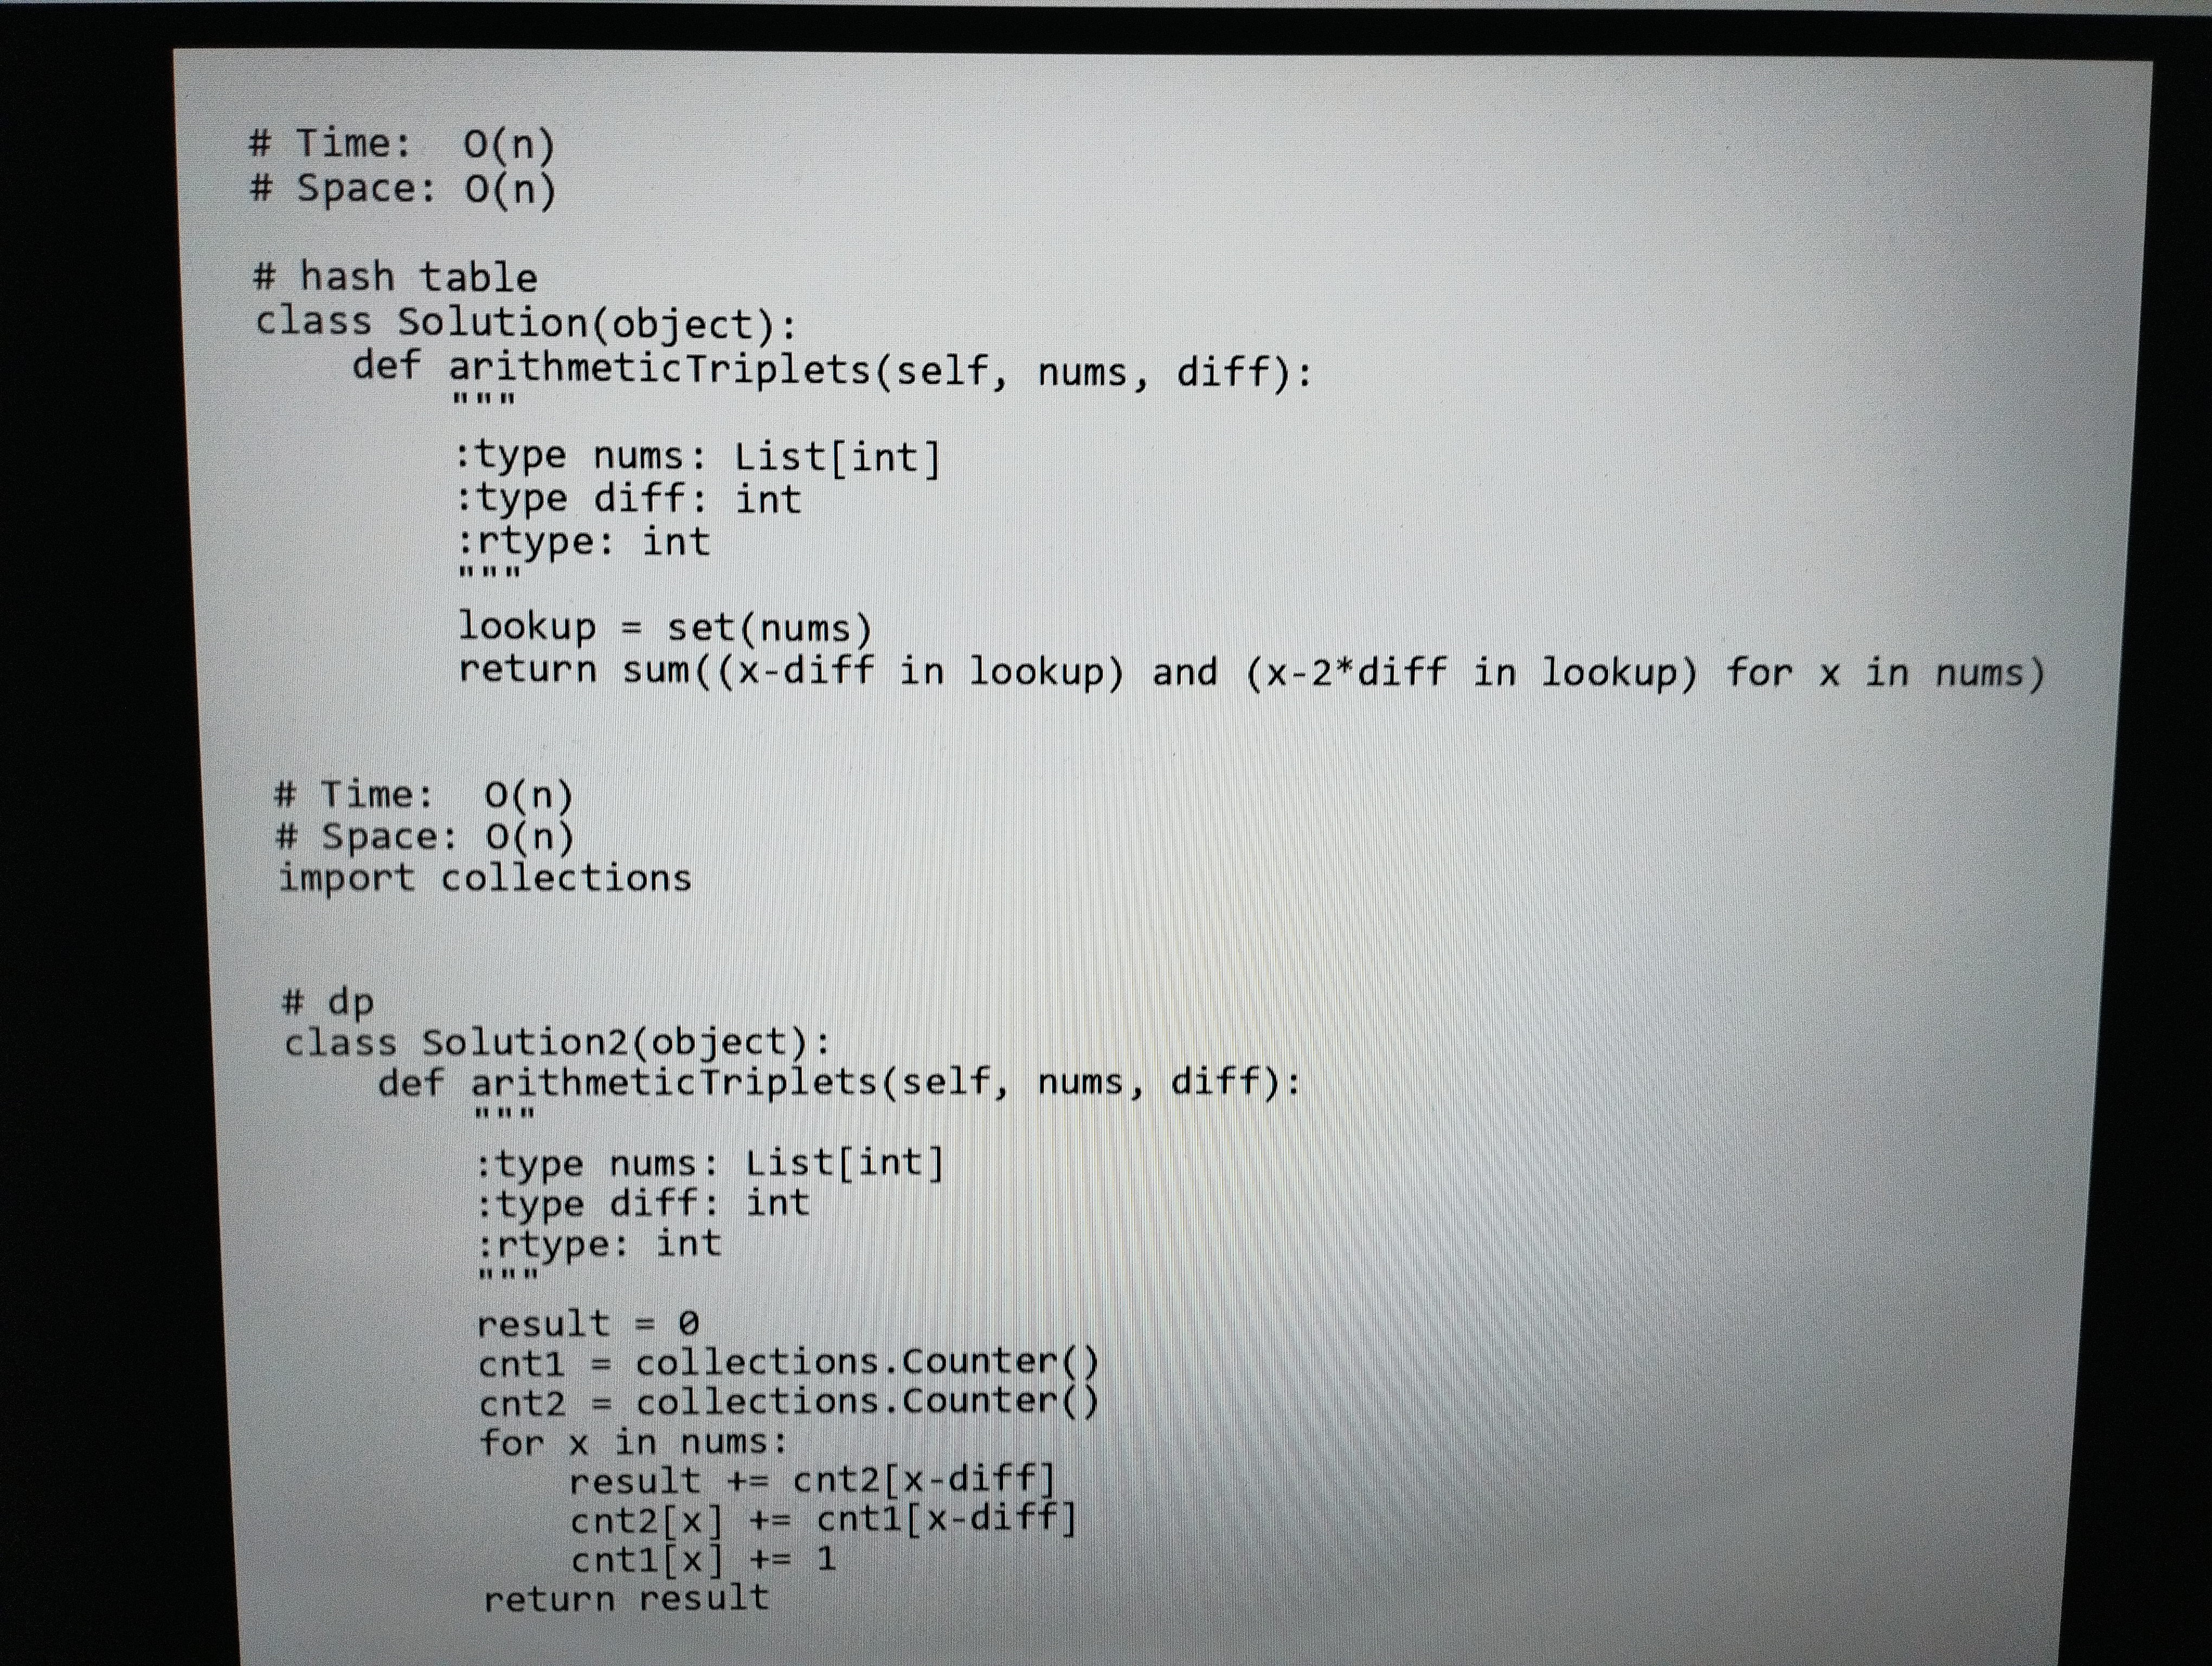
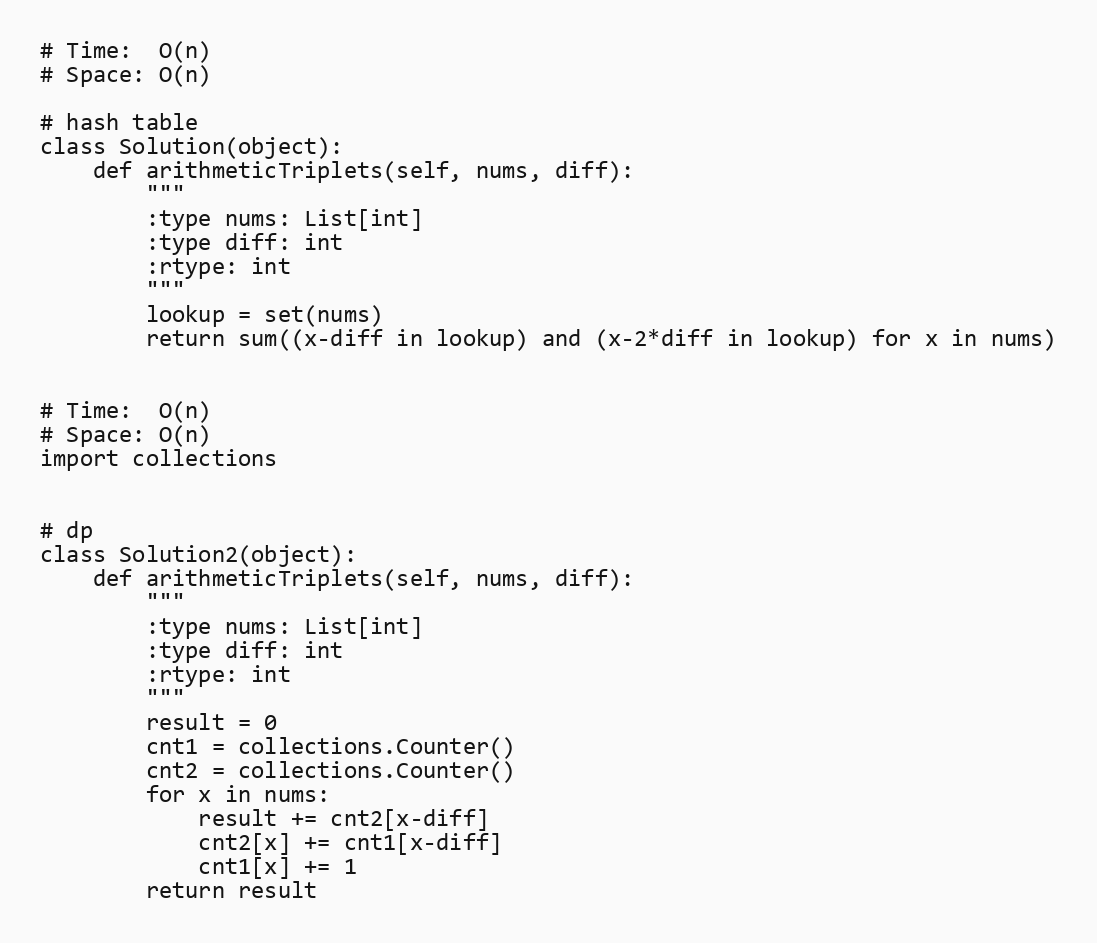
# Time:  O(n)
# Space: O(n)

# hash table
class Solution(object):
    def arithmeticTriplets(self, nums, diff):
        """
        :type nums: List[int]
        :type diff: int
        :rtype: int
        """
        lookup = set(nums)
        return sum((x-diff in lookup) and (x-2*diff in lookup) for x in nums)

# Time:  O(n)
# Space: O(n)
import collections

# dp
class Solution2(object):
    def arithmeticTriplets(self, nums, diff):
        """
        :type nums: List[int]
        :type diff: int
        :rtype: int
        """
        result = 0
        cnt1 = collections.Counter()
        cnt2 = collections.Counter()
        for x in nums:
            result += cnt2[x-diff]
            cnt2[x] += cnt1[x-diff]
            cnt1[x] += 1
        return result